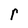
Character: r